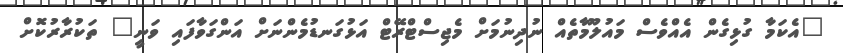
"އެކަމާ ގުޅިގެން އެއްވެސް މައުލޫމާތެއް ނުދިނުމަށް މެޖިސްޓްރޭޓް އަޅުގަނޑުމެންނަށް އަންގަވާފައި ވަނީ" ތަކުރާރުކޮށް